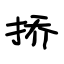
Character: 挢